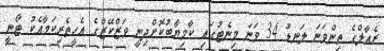
ރެއާލްގެ ތިންވަނަ ލަނޑު 34 ވަނަ މިނެޓުގައި ކާމިޔާބުކޮށްދިނީ ވަޒްކޭޒްގެ އެހީތެރިކަމާއެކު ޓޯނީ